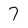
Character: 7